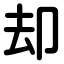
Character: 却